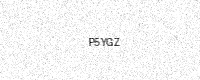
Text: P5YGZ